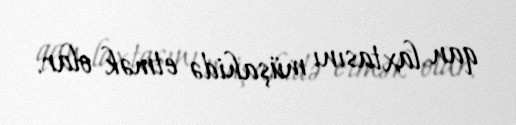
qan laxtasını müşahidə etmək olar.